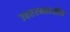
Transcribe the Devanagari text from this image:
उत्तररभारतीय